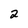
Character: 2